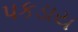
પકડાય